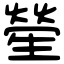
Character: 𤯵